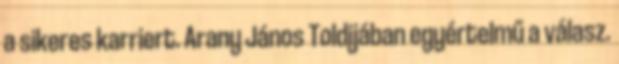
a sikeres karriert. Arany János Toldijában egyértelmű a válasz.